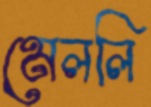
মেললি